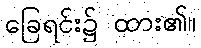
ခြေရင်း၌ ထား၏။